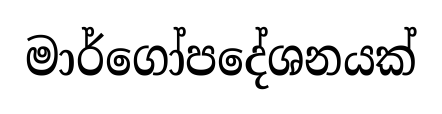
මාර්ගෝපදේශනයක්